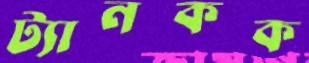
ট্যানকক